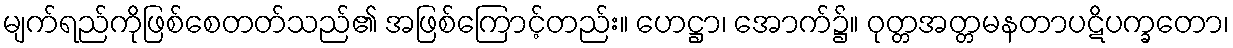
မျက်ရည်ကိုဖြစ်စေတတ်သည်၏ အဖြစ်ကြောင့်တည်း။ ဟေဋ္ဌာ၊ အောက်၌။ ဝုတ္တအတ္တမနတာပဋိပက္ခတော၊